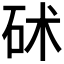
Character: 𥑡